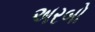
અરબો